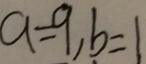
a = 9 , b = 1